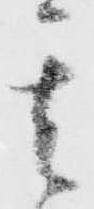
其